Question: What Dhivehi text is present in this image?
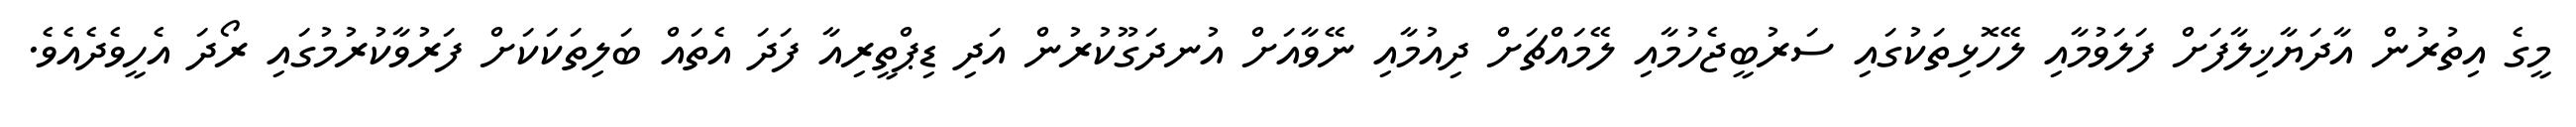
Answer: މީގެ އިތުރުން އާދަޔާޚިލާފަށް ފަލަވުމާއި ލޭހޮޅިތަކުގައި ސަރުބީޖެހުމާއި ލޭމައްޗަށް ދިއުމާއި ނޭވާއަށް އުނދަގޫކުރުން އަދި ޑިޕްތީރިއާ ފަދަ އެތައް ބަލިތަކަކަށް ފަރުވާކުރުމުގައި ރޯދަ އެހީވެދެއެވެ.